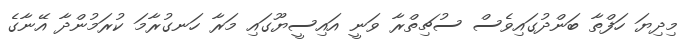
މިދިޔަ ހަފްތާ ބަންދުގައިވެސް ސުޗިތްރާ ވަނީ އައިސީޔޫގައި މަރާ ހަނގުރާމަ ކުރަމުންދާ އޭނާގެ